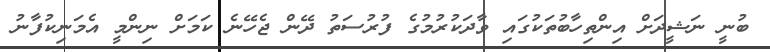
ބުނީ ނަޝީދަށް އިންތިހާބުތަކުގައި ވާދަކުރުމުގެ ފުރުސަތު ދޭން ޖެހޭނެ ކަަމަށް ނިންމީ އެމަނިކުފާނު